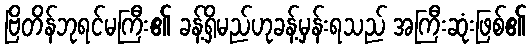
ဗြိတိန်ဘုရင်မကြီး၏ ခန့်ရှိမည်ဟုခန့်မှန်းရသည် အကြီးဆုံးဖြစ်၏